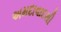
અમદાવાદથી